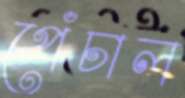
পেঁচাল